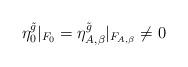
LaTeX: \begin{align*}\eta_0^{\tilde{g}}|_{F_0} = \eta_{A,\beta}^{\tilde{g}}|_{F_{A,\beta}} \neq 0\end{align*}